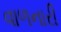
વાળનારી